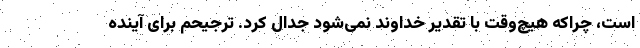
است، چراکه هیچ‌وقت با تقدیر خداوند نمی‌شود جدال کرد. ترجیحم برای آینده